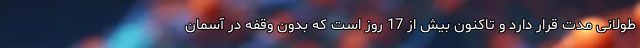
طولانی مدت قرار دارد و تاکنون بیش از 17 روز است که بدون وقفه در آسمان